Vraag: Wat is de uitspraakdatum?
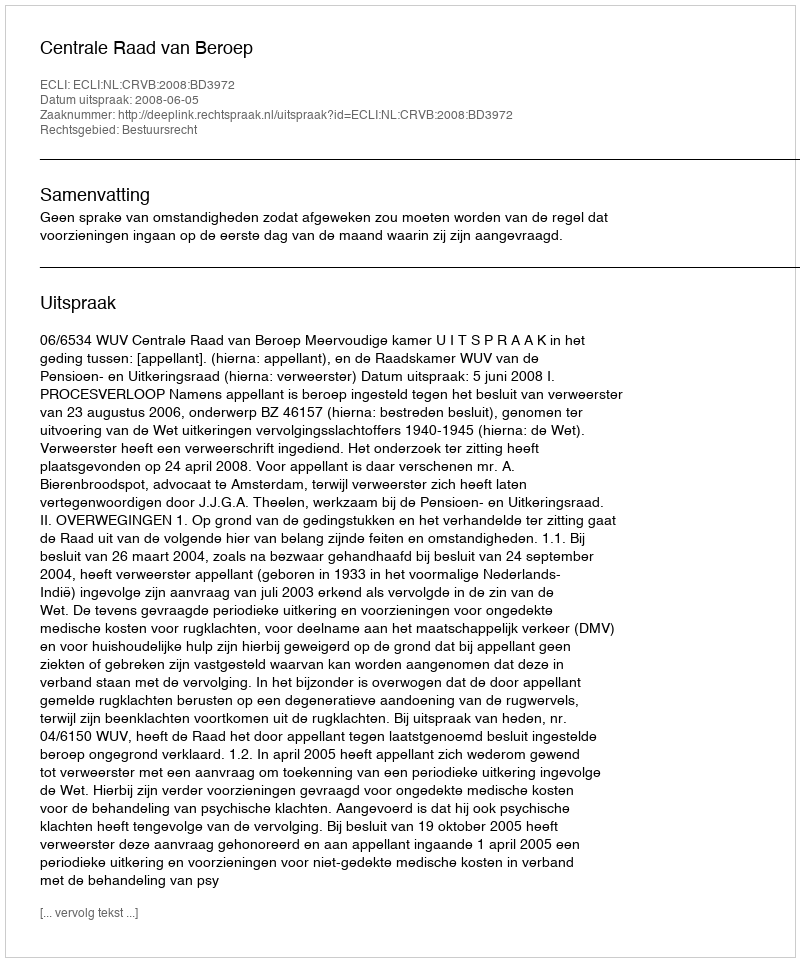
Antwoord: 2008-06-05